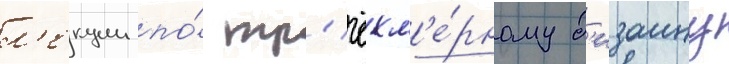
л'екции по́ тр'ёхм'е́рному д'изаину